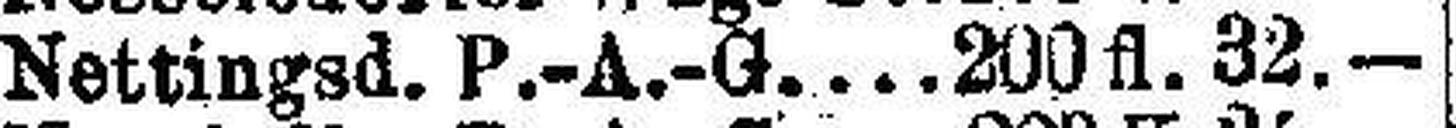
Nettingsd. P.-A.-G.  200 fl. 32.—